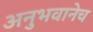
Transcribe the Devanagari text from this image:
अनुभवानेच